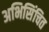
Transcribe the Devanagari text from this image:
अभिसिंचित